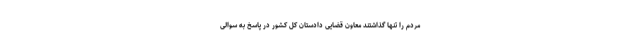
مردم را تنها گذاشتند معاون قضایی دادستان کل کشور در پاسخ به سوالی